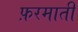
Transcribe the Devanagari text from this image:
फ़रमाती